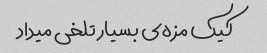
کیک مزه‌ی بسیار تلخی میداد